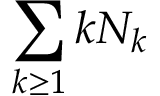
\sum _ { k \geq 1 } k N _ { k }